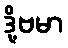
ဒို့ဗမာ